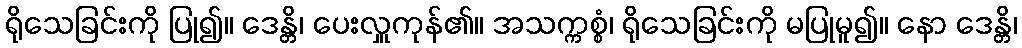
ရိုသေခြင်းကို ပြု၍။ ဒေန္တိ၊ ပေးလှူကုန်၏။ အသက္ကစ္စံ၊ ရိုသေခြင်းကို မပြုမူ၍။ နော ဒေန္တိ၊